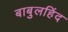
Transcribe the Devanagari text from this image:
बाबुलहिंद